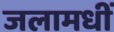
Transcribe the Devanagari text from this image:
जलामधीं